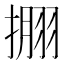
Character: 𰔘